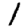
Digit: 1